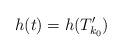
LaTeX: \begin{align*} h(t)=h(T_{k_0}') \end{align*}